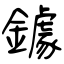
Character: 鐻